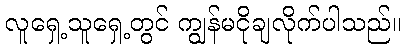
လူရှေ့သူရှေ့တွင် ကျွန်မငိုချလိုက်ပါသည်။